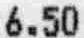
6.50